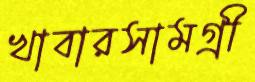
খাবারসামগ্রী